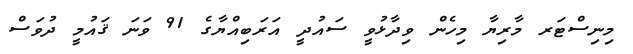
މިނިސްޓަރ މާރިޔާ މިހެން ވިދާޅުވީ ސައުދީ އަރަބިއްޔާގެ 91 ވަނަ ޤައުމީ ދުވަސް